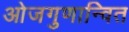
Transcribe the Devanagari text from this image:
ओजगुणान्वित